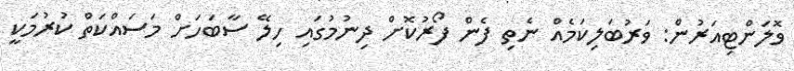
ވޮލަންޓިއަރުން: ވަރުބަލިކަމެއް ނެތި ފެން ފޯރުކޮށް ދިނުމުގައި ހިލޭ ސާބަހަށް މަސައްކަތް ކުރުމަކީ